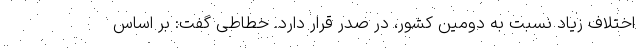
اختلاف زیاد نسبت به دومین کشور، در صدر قرار دارد. خطاطی گفت: بر اساس